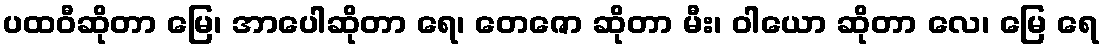
ပထဝီဆိုတာ မြေ၊ အာပေါဆိုတာ ရေ၊ တေဇော ဆိုတာ မီး၊ ဝါယော ဆိုတာ လေ၊ မြေ ရေ